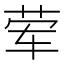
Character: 荤